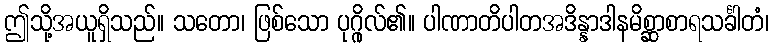
ဤသို့အယူရှိသည်။ သတော၊ ဖြစ်သော ပုဂ္ဂိုလ်၏။ ပါဏာတိပါတအဒိန္နာဒါနမိစ္ဆာစာရသင်္ခါတံ၊